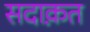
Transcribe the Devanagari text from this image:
सदाक़त